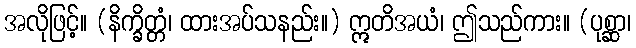
အလိုဖြင့်။ (နိက္ခိတ္တံ၊ ထားအပ်သနည်း။) ဣတိအယံ၊ ဤသည်ကား။ (ပုစ္ဆာ၊